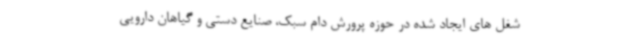
شغل های ایجاد شده در حوزه پرورش دام سبک، صنایع دستی و گیاهان دارویی